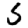
Digit: 5